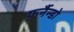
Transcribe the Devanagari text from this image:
फ़र्नैन्डो